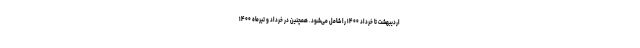
اردیبهشت تا خرداد ۱۴۰۰ را شامل می‌شود. همچنین در خرداد و تیرماه ۱۴۰۰